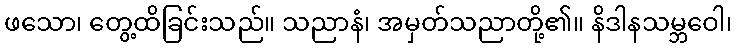
ဖသော၊ တွေ့ထိခြင်းသည်။ သညာနံ၊ အမှတ်သညာတို့၏။ နိဒါနသမ္ဘဝေါ၊